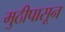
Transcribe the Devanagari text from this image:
मुठीपासून